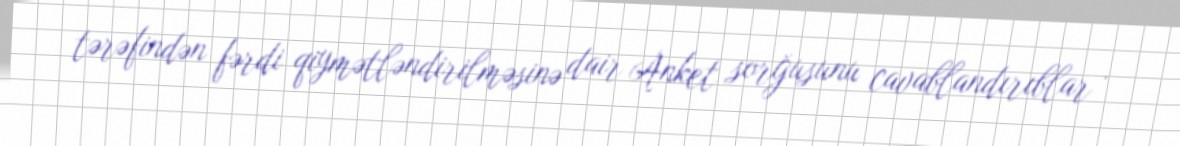
tərəfindən fərdi qiymətləndirilməsinə dair Anket sorğusunu cavablandırıblar .